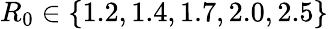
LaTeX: R_{0}\in\{ 1.2,1.4,1.7,2.0,2.5\}